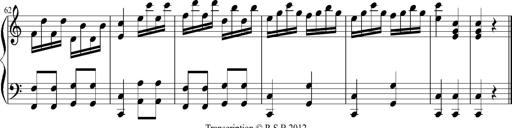
Title: 12 Sonatinas for Piano
Composer: Johann Baptist Vanhal